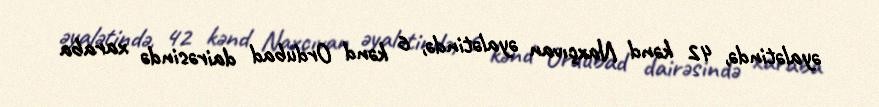
əyalətində, 42 kənd Naxçıvan əyalətində, 6 kənd Ordubad dairəsində xaraba